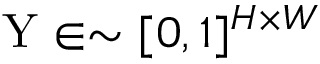
\mathrm { Y } \in \sim [ 0 , 1 ] ^ { H \times W }